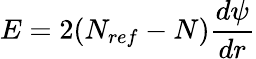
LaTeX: E=2(N_{ref}-N)\frac{d\psi}{dr}